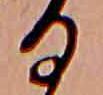
る